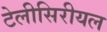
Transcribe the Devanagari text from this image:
टेलीसिरीयल